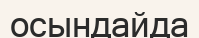
осындайда